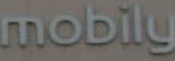
mobily